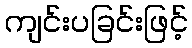
ကျင်းပခြင်းဖြင့်